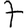
Digit: 7